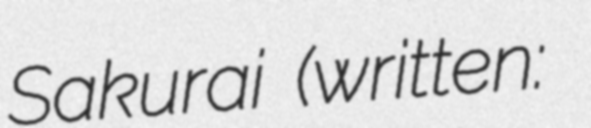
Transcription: Sakurai (written: 桜井